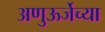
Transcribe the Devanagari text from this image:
अणुऊर्जेच्या